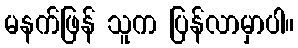
မနက်ဖြန် သူက ပြန်လာမှာပါ။